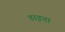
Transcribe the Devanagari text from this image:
डाइना